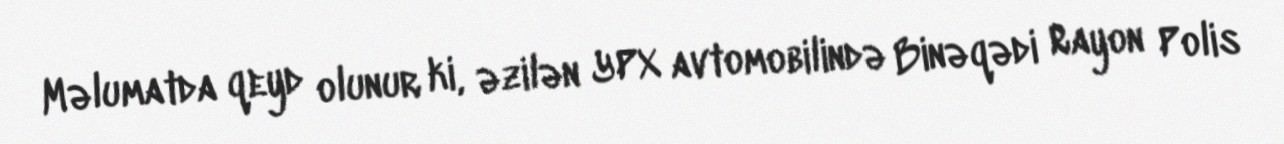
Məlumatda qeyd olunur ki, əzilən YPX avtomobilində Binəqədi Rayon Polis